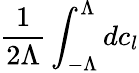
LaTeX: \frac{1}{2\Lambda}\int_{-\Lambda}^{\Lambda}dc_{l}